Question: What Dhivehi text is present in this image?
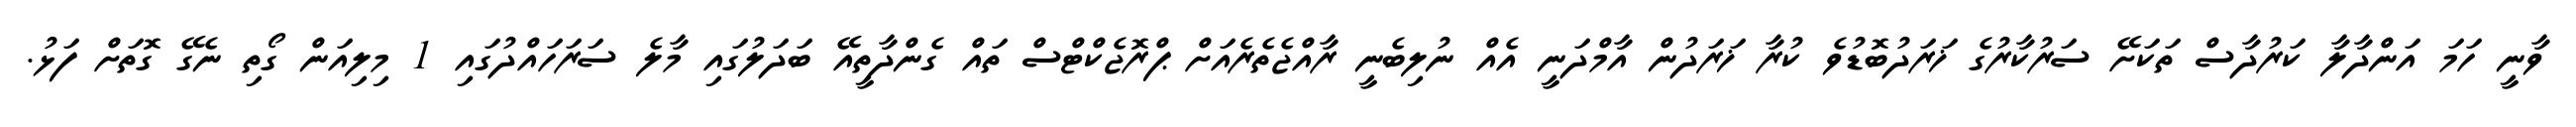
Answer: ވާނީ ހަމަ އަންދާލާ ކަރުދާސް ތަކަށޭ ސަރުކާރުގެ ޚަރަދުބޮޑުވެ ކުރާ ޚަރަދުން އާމްދަނީ އެއް ނުލިބެނީ ރާއްޖެތެރެއަށް ޕްރޮޖެކްޓްސް ތައް ގެންދާތީއޭ ބަދަލުގައި މާލެ ސަރަހައްދުގައި 1 މިލިއަން ގޯތި ނެގޭ ގޮތަށް ފަޅު.